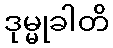
ဒုမ္မုခါတိ